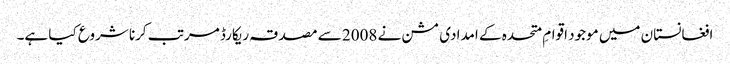
افغانستان میں موجود اقوامِ متحدہ کے امدادی مشن نے 2008 سے مصدقہ ریکارڈ مرتب کرنا شروع کیا ہے۔